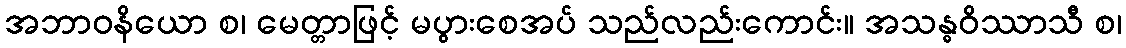
အဘာဝနိယော စ၊ မေတ္တာဖြင့် မပွားစေအပ် သည်လည်းကောင်း။ အသန္ဓဝိဿာသီ စ၊